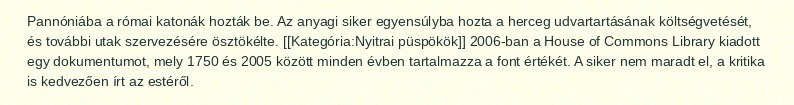
Pannóniába a római katonák hozták be. Az anyagi siker egyensúlyba hozta a herceg udvartartásának költségvetését, és további utak szervezésére ösztökélte. [[Kategória:Nyitrai püspökök]] 2006-ban a House of Commons Library kiadott egy dokumentumot, mely 1750 és 2005 között minden évben tartalmazza a font értékét. A siker nem maradt el, a kritika is kedvezően írt az estéről.